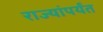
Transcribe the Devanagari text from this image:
राज्यांपर्यंत